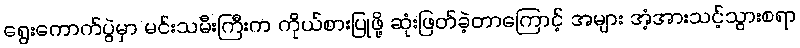
ရွေးကောက်ပွဲမှာ မင်းသမီးကြီးက ကိုယ်စားပြုဖို့ ဆုံးဖြတ်ခဲ့တာကြောင့် အများ အံ့အားသင့်သွားစရာ